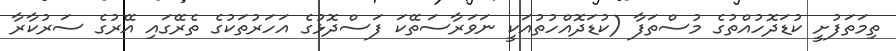
ތިމަތަފުށީ ކުޑަދޮހުއްތުގެ މުސްތަފާ (ކުޑަދޮއްހުތުއަކީ ނަވަރާސަތޭކަ ފަސްދޮޅުގެ އަހަރުތަކުގެ ތެރޭގައި އޭރުގެ ސަރުކާރާ